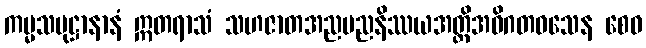
ကမ္မသမုဋ္ဌာနာနံ ဣတရာသံ သဟဇာတအညမညနိဿယအတ္ထိအဝိဂတဝသေန စေဝ